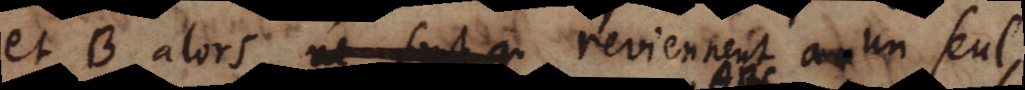
et B alors ne sont q reviennent a un seul,